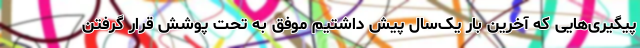
پیگیری‌هایی که آخرین بار یک‌سال پیش داشتیم موفق به تحت پوشش قرار گرفتن